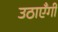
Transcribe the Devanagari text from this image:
उठाएँगी